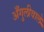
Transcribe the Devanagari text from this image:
अँगुलीवाले